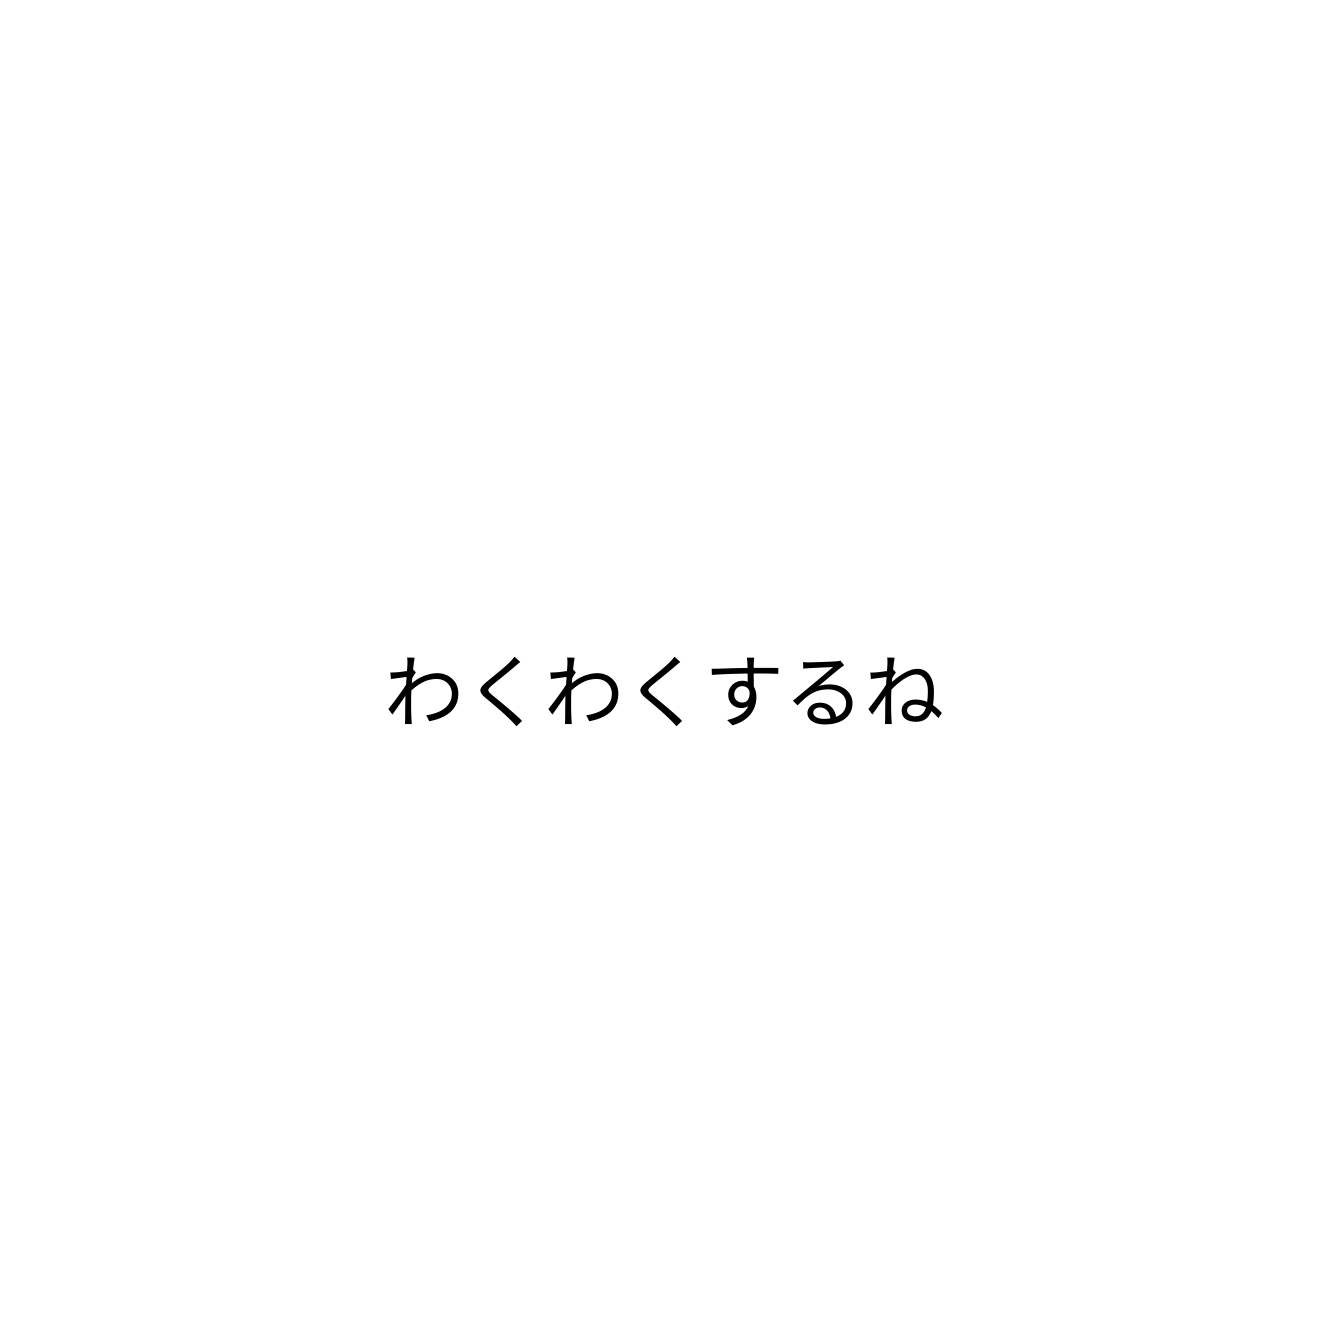
わくわくするね